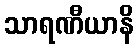
သာရဏီယာနိ